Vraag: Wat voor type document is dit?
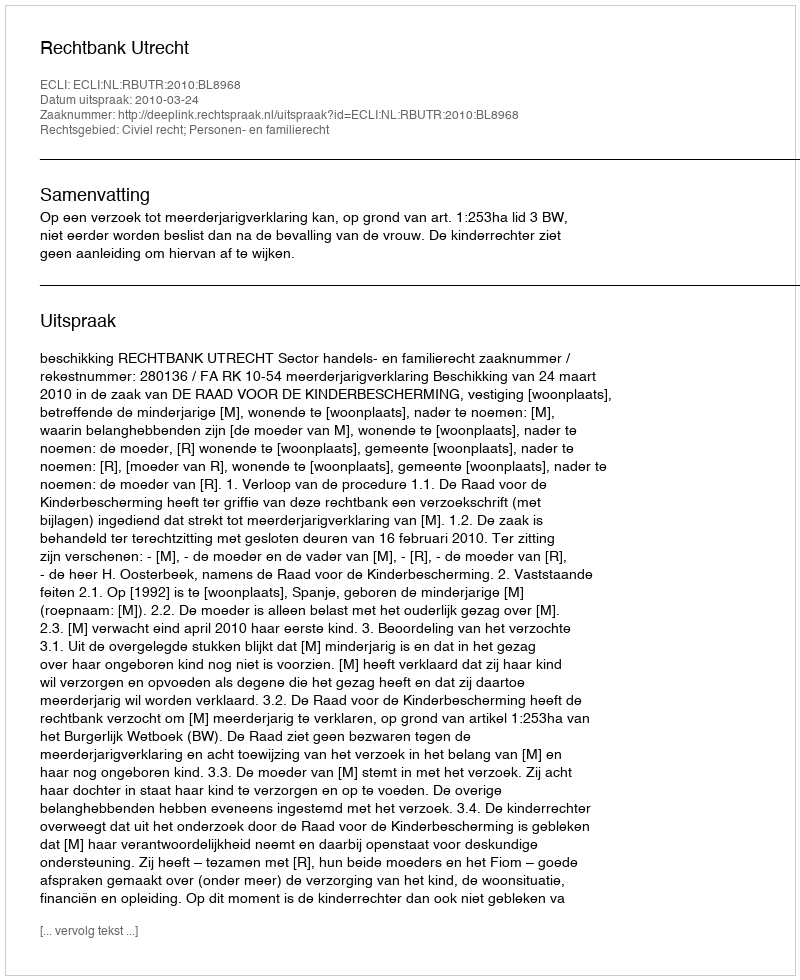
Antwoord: Uitspraak